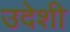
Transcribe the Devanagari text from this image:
उदेशी